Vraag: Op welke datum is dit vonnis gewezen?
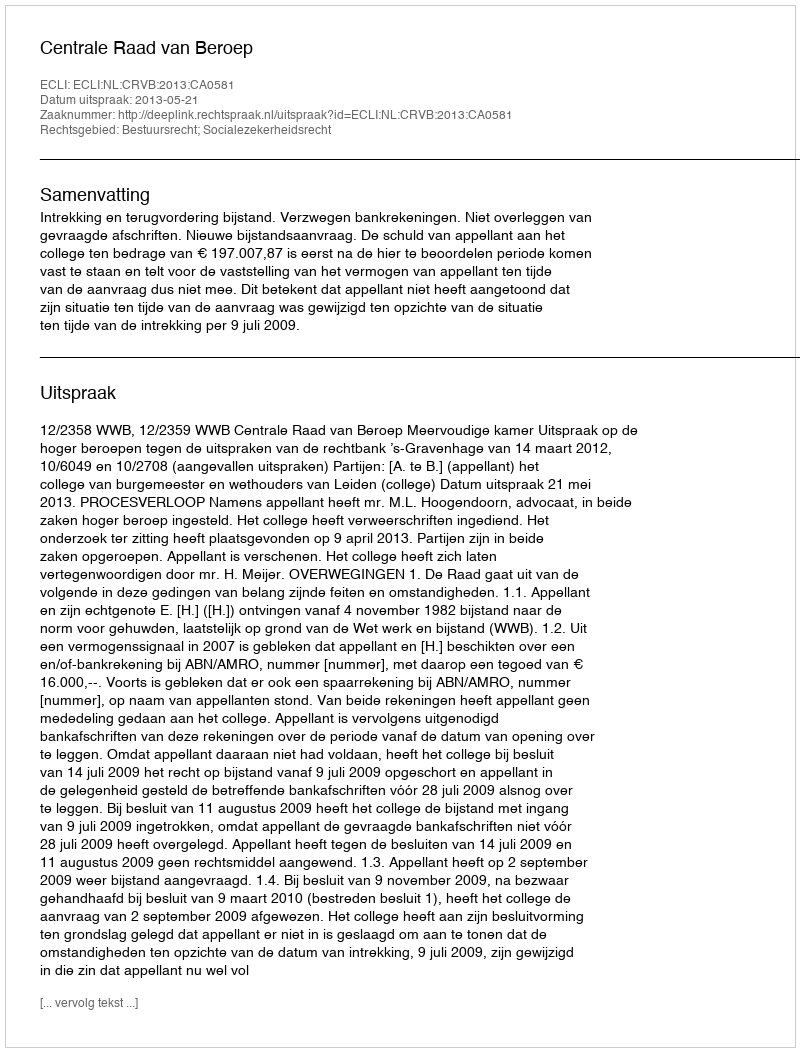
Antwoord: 2013-05-21